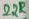
Text: 22K